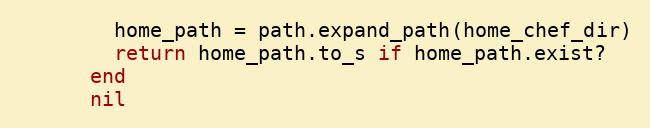
Language: Ruby
        home_path = path.expand_path(home_chef_dir)
        return home_path.to_s if home_path.exist?
      end
      nil